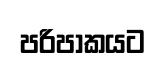
පරිපාකයට